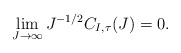
\begin{align*}\lim_{J\to\infty} J^{-1/2}C_{I, \tau}(J)=0.\end{align*}